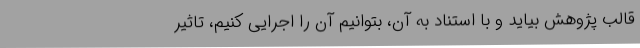
قالب پژوهش بیاید و با استناد به آن، بتوانیم آن را اجرایی کنیم، تاثیر